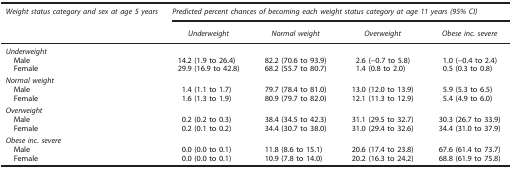
| Weight status category and sex at age 5 years | <COLSPAN=4> Predicted percent chances of becoming each weight status category at age 11 years (95% CI) |
 |  | Underweight | Normal weight | Overweight | Obese inc. severe |
 | --- | --- | --- | --- | --- |
 | Underweight |  |  |  |  |
 | Male | 14.2 (1.9 to 26.4) | 82.2 (70.6 to 93.9) | 2.6 (−0.7 to 5.8) | 1.0 (−0.4 to 2.4) |
 | Female | 29.9 (16.9 to 42.8) | 68.2 (55.7 to 80.7) | 1.4 (0.8 to 2.0) | 0.5 (0.3 to 0.8) |
 | Normal weight |  |  |  |  |
 | Male | 1.4 (1.1 to 1.7) | 79.7 (78.4 to 81.0) | 13.0 (12.0 to 13.9) | 5.9 (5.3 to 6.5) |
 | Female | 1.6 (1.3 to 1.9) | 80.9 (79.7 to 82.0) | 12.1 (11.3 to 12.9) | 5.4 (4.9 to 6.0) |
 | Overweight |  |  |  |  |
 | Male | 0.2 (0.2 to 0.3) | 38.4 (34.5 to 42.3) | 31.1 (29.5 to 32.7) | 30.3 (26.7 to 33.9) |
 | Female | 0.2 (0.1 to 0.2) | 34.4 (30.7 to 38.0) | 31.0 (29.4 to 32.6) | 34.4 (31.0 to 37.9) |
 | Obese inc. severe |  |  |  |  |
 | Male | 0.0 (0.0 to 0.1) | 11.8 (8.6 to 15.1) | 20.6 (17.4 to 23.8) | 67.6 (61.4 to 73.7) |
 | Female | 0.0 (0.0 to 0.1) | 10.9 (7.8 to 14.0) | 20.2 (16.3 to 24.2) | 68.8 (61.9 to 75.8) |